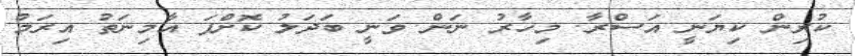
ކުރިން ކިޔަނީ އަސްރާ. މިހާރު ނަން ވަނީ ބަދަލު ކޮށްފަ އާމިނަތު އިރަމް